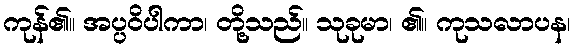
ကုန်၏။ အပ္ပဝိပါကာ၊ တို့သည်။ သုခုမာ၊ ၏။ ကုသလာပန၊